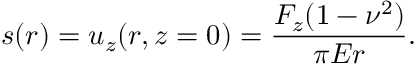
s ( r ) = u _ { z } ( r , z = 0 ) = \frac { F _ { z } ( 1 - \nu ^ { 2 } ) } { \pi E r } .